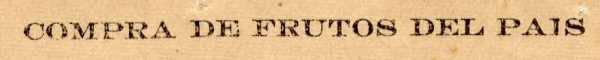
COMPRA DE FRUTOS DEL PAIS